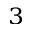
_ 3